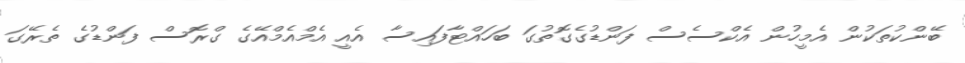
ބޭންކުތަކުން އެމީހުން އެކްސެސް ފަންޑުގެގޮތުގަ ބަހައްޓާފައިސާ އެއީ އެމްއެމްއޭގެ ގްރޮސް ފަންޑުގެ ތެރޭގަ